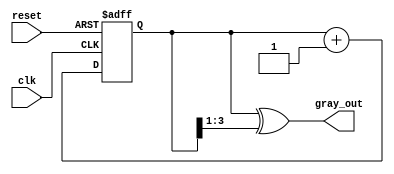
module gray_code_counter (
    input wire clk,        // Clock signal
    input wire reset,      // Asynchronous reset signal
    output reg [N-1:0] gray_out // Gray code output
);

// Parameter for the number of bits in the counter
parameter N = 4; // Adjust N for the desired number of bits

// Internal binary counter
reg [N-1:0] binary_count;

// Binary to Gray code conversion
function [N-1:0] binary_to_gray;
    input [N-1:0] binary;
    begin
        binary_to_gray = binary ^ (binary >> 1);
    end
endfunction

// Always block for the counter logic
always @(posedge clk or posedge reset) begin
    if (reset) begin
        // Reset the binary counter to zero
        binary_count <= 0;
    end else begin
        // Increment the binary counter
        binary_count <= binary_count + 1;
    end
end

// Always block for Gray code output
always @(binary_count) begin
    gray_out <= binary_to_gray(binary_count);
end

endmodule